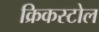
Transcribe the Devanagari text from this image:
क्रिकस्टोल